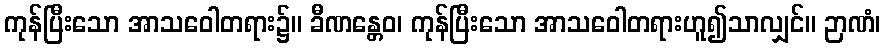
ကုန်ပြီးသော အာသဝေါတရား၌။ ခီဏန္တေဝ၊ ကုန်ပြီးသော အာသဝေါတရားဟူ၍သာလျှင်။ ဉာဏံ၊